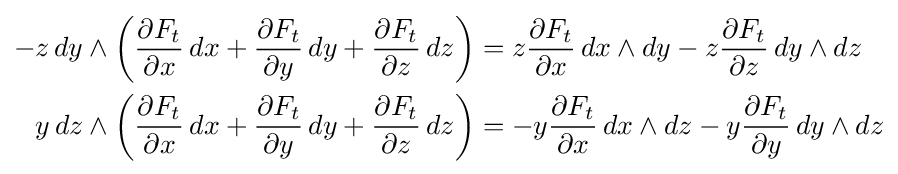
{\begin{aligned}-z\,dy\wedge \left({\frac {\partial F_{t}}{\partial x}}\,dx+{\frac {\partial F_{t}}{\partial y}}\,dy+{\frac {\partial F_{t}}{\partial z}}\,dz\right)&=z{\frac {\partial F_{t}}{\partial x}}\,dx\wedge dy-z{\frac {\partial F_{t}}{\partial z}}\,dy\wedge dz\\y\,dz\wedge \left({\frac {\partial F_{t}}{\partial x}}\,dx+{\frac {\partial F_{t}}{\partial y}}\,dy+{\frac {\partial F_{t}}{\partial z}}\,dz\right)&=-y{\frac {\partial F_{t}}{\partial x}}\,dx\wedge dz-y{\frac {\partial F_{t}}{\partial y}}\,dy\wedge dz\end{aligned}}